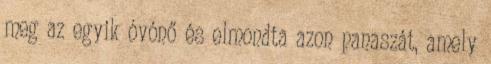
meg az egyik óvónő és elmondta azon panaszát, amely